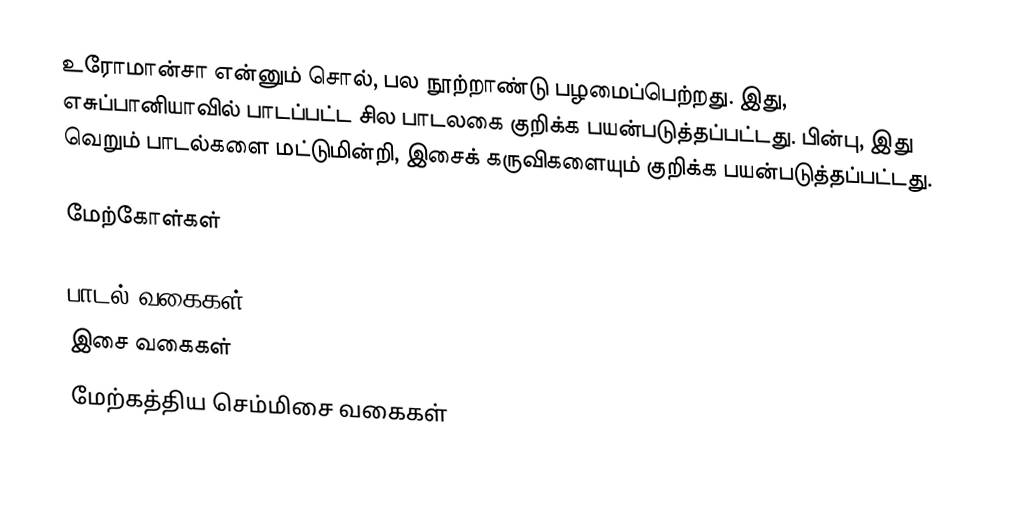
உரோமான்சா என்னும் சொல், பல நூற்றாண்டு பழமைப்பெற்றது. இது, எசுப்பானியாவில் பாடப்பட்ட சில பாடலகை குறிக்க பயன்படுத்தப்பட்டது. பின்பு, இது வெறும் பாடல்களை மட்டுமின்றி, இசைக் கருவிகளையும் குறிக்க பயன்படுத்தப்பட்டது.

மேற்கோள்கள்

பாடல் வகைகள்
இசை வகைகள்
மேற்கத்திய செம்மிசை வகைகள்